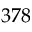
3 7 8